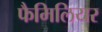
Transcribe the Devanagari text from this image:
फैमिलियर